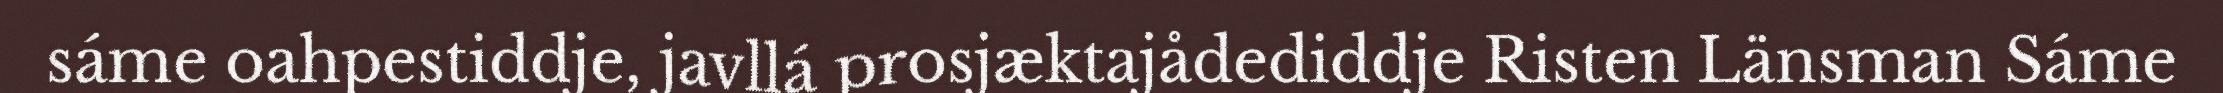
sáme oahpestiddje, javllá prosjæktajådediddje Risten Länsman Sáme